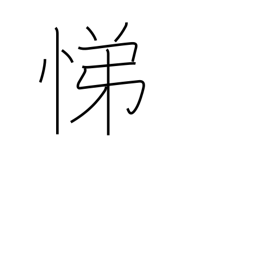
Meaning: serving our elders